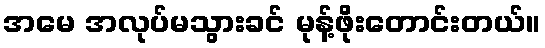
အမေ အလုပ်မသွားခင် မုန့်ဖိုးတောင်းတယ်။